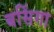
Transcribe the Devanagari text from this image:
बसिंगा